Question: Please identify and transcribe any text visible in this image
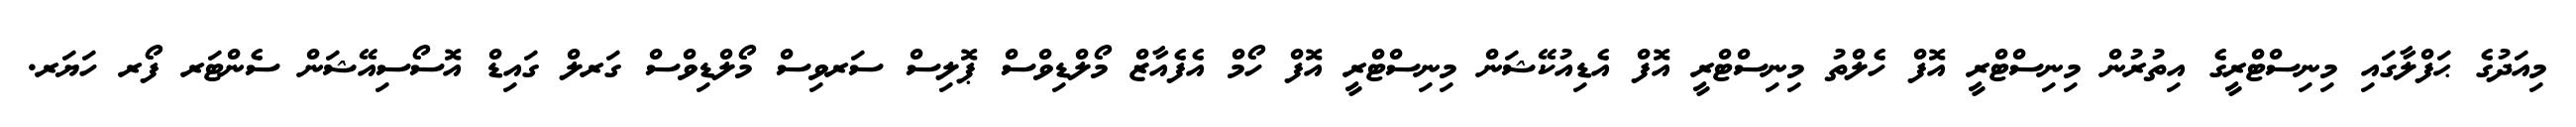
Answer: މިއަދުގެ ޙަފްލާގައި މިނިސްޓްރީގެ އިތުރުން މިނިސްޓްރީ އޮފް ހެލްތު މިނިސްޓްރީ އޮފް އެޑިއުކޭޝަން މިނިސްޓްރީ އޮފް ހޯމް އެފެއާޒް މޯލްޑިވްސް ޕޮލިސް ސަރވިސް މޯލްޑިވްސް ގަރލް ގައިޑް އޮސޯސިއޭޝަން ސެންޓަރ ފޯރ ހަޔަރ.